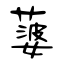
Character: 蔢